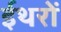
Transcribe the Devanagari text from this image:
ईथरों